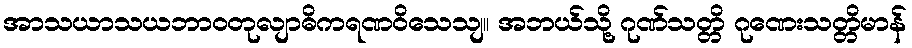
အာသယာသယဘာဝတုလျာဓိကရဏဝိသေသျ။ အဘယ်သို့ ဂုဏ်သတ္တိ ဂုဏေးသတ္တိမာန်